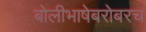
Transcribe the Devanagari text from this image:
बोलीभाषेबरोबरच